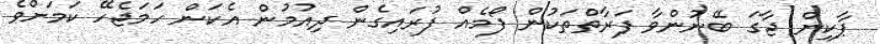
ޕާކިން ޖާގަ ބޭނުންވާ ފަރާތްތަކުން ފޯމެއް ފުރައިގެން ދިއުމުން އެކަން ހަމަޖެހޭ ކަމަށްވެ